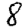
Digit: 8